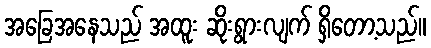
အခြေအနေသည် အထူး ဆိုးရွားလျက် ရှိတော့သည်။